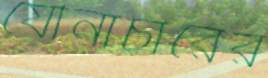
যৌনাচারের